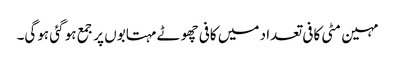
مہین مٹی کافی تعداد میں کافی چھوٹے مہتابوں پر جمع ہو گئی ہوگی۔